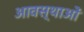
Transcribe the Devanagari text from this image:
आवस्थाओं